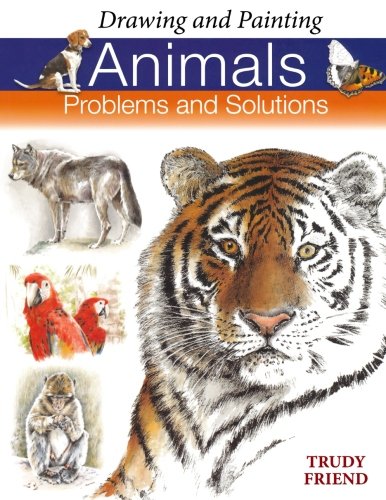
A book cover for Drawing and Painting Animals: Problems & Solutions (Problems and Solutions); Trudy Friend; Arts & Photography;